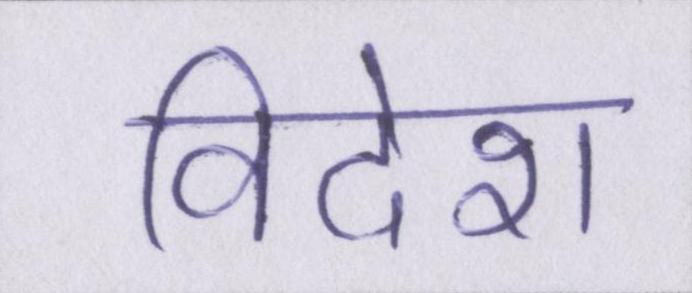
विदेश